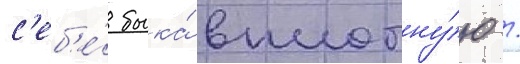
с'еб'е́ быка́ вплотну́ю /